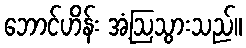
ဘောင်ဟိန်း အံ့ဩသွားသည်။